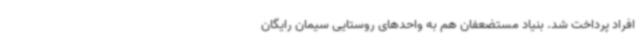
افراد پرداخت شد. بنیاد مستضعفان هم به واحدهای روستایی سیمان رایگان